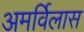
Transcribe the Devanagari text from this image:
अमर्विलास